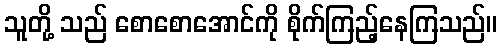
သူတို့ သည် စောစောအောင်ကို စိုက်ကြည့်နေကြသည်။